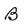
Character: B